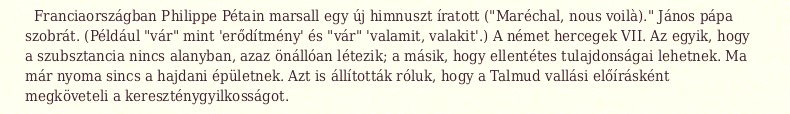
Franciaországban Philippe Pétain marsall egy új himnuszt íratott ("Maréchal, nous voilà)." János pápa szobrát. (Például "vár" mint 'erődítmény' és "vár" 'valamit, valakit'.) A német hercegek VII. Az egyik, hogy a szubsztancia nincs alanyban, azaz önállóan létezik; a másik, hogy ellentétes tulajdonságai lehetnek. Ma már nyoma sincs a hajdani épületnek. Azt is állították róluk, hogy a Talmud vallási előírásként megköveteli a kereszténygyilkosságot.